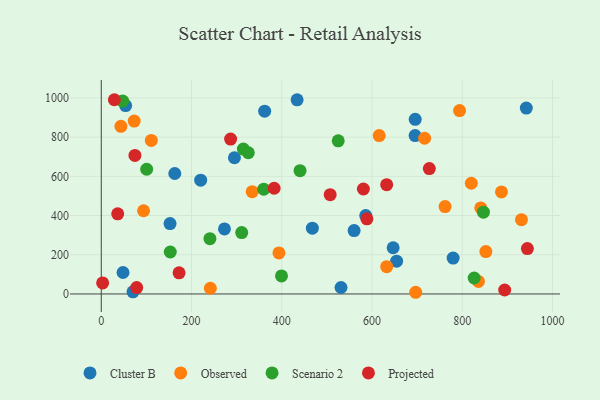
{"axis": {"x": "Ad Spend", "y": "Demand"}, "legend": ["Cluster B", "Observed", "Projected", "Scenario 2"], "data": [{"x": "779.8", "y": 183.2, "type": "Cluster B"}, {"x": "152.4", "y": 358.8, "type": "Cluster B"}, {"x": "695.7", "y": 890.5, "type": "Cluster B"}, {"x": "434.0", "y": 990.3, "type": "Cluster B"}, {"x": "941.9", "y": 948.1, "type": "Cluster B"}, {"x": "467.8", "y": 335.6, "type": "Cluster B"}, {"x": "695.5", "y": 807.6, "type": "Cluster B"}, {"x": "531.3", "y": 33.0, "type": "Cluster B"}, {"x": "362.1", "y": 932.3, "type": "Cluster B"}, {"x": "162.9", "y": 614.5, "type": "Cluster B"}, {"x": "273.0", "y": 331.7, "type": "Cluster B"}, {"x": "560.3", "y": 323.3, "type": "Cluster B"}, {"x": "220.3", "y": 580.2, "type": "Cluster B"}, {"x": "586.1", "y": 399.7, "type": "Cluster B"}, {"x": "295.1", "y": 694.8, "type": "Cluster B"}, {"x": "646.8", "y": 235.6, "type": "Cluster B"}, {"x": "654.5", "y": 167.0, "type": "Cluster B"}, {"x": "54.0", "y": 960.7, "type": "Cluster B"}, {"x": "48.2", "y": 109.4, "type": "Cluster B"}, {"x": "70.3", "y": 11.1, "type": "Cluster B"}, {"x": "110.9", "y": 783.2, "type": "Observed"}, {"x": "794.0", "y": 935.2, "type": "Observed"}, {"x": "93.7", "y": 424.4, "type": "Observed"}, {"x": "841.0", "y": 439.0, "type": "Observed"}, {"x": "615.9", "y": 807.9, "type": "Observed"}, {"x": "820.0", "y": 564.7, "type": "Observed"}, {"x": "334.5", "y": 521.8, "type": "Observed"}, {"x": "761.9", "y": 445.5, "type": "Observed"}, {"x": "393.7", "y": 209.1, "type": "Observed"}, {"x": "852.3", "y": 216.4, "type": "Observed"}, {"x": "835.8", "y": 63.9, "type": "Observed"}, {"x": "886.9", "y": 520.5, "type": "Observed"}, {"x": "43.5", "y": 855.0, "type": "Observed"}, {"x": "931.2", "y": 379.0, "type": "Observed"}, {"x": "696.8", "y": 8.6, "type": "Observed"}, {"x": "241.7", "y": 29.2, "type": "Observed"}, {"x": "632.5", "y": 139.2, "type": "Observed"}, {"x": "716.6", "y": 794.3, "type": "Observed"}, {"x": "73.0", "y": 881.8, "type": "Observed"}, {"x": "846.9", "y": 416.9, "type": "Scenario 2"}, {"x": "440.5", "y": 628.8, "type": "Scenario 2"}, {"x": "325.9", "y": 720.2, "type": "Scenario 2"}, {"x": "399.4", "y": 92.2, "type": "Scenario 2"}, {"x": "360.1", "y": 534.7, "type": "Scenario 2"}, {"x": "525.1", "y": 780.9, "type": "Scenario 2"}, {"x": "240.8", "y": 281.8, "type": "Scenario 2"}, {"x": "314.9", "y": 738.9, "type": "Scenario 2"}, {"x": "152.9", "y": 214.0, "type": "Scenario 2"}, {"x": "311.2", "y": 313.3, "type": "Scenario 2"}, {"x": "826.4", "y": 81.3, "type": "Scenario 2"}, {"x": "47.5", "y": 983.6, "type": "Scenario 2"}, {"x": "100.6", "y": 636.2, "type": "Scenario 2"}, {"x": "383.1", "y": 539.3, "type": "Projected"}, {"x": "944.3", "y": 231.3, "type": "Projected"}, {"x": "29.0", "y": 990.7, "type": "Projected"}, {"x": "74.6", "y": 706.6, "type": "Projected"}, {"x": "36.4", "y": 408.7, "type": "Projected"}, {"x": "3.0", "y": 56.1, "type": "Projected"}, {"x": "78.5", "y": 32.7, "type": "Projected"}, {"x": "632.5", "y": 557.6, "type": "Projected"}, {"x": "580.9", "y": 535.4, "type": "Projected"}, {"x": "894.0", "y": 20.1, "type": "Projected"}, {"x": "507.3", "y": 506.4, "type": "Projected"}, {"x": "727.0", "y": 639.7, "type": "Projected"}, {"x": "172.4", "y": 107.7, "type": "Projected"}, {"x": "286.6", "y": 789.9, "type": "Projected"}, {"x": "588.7", "y": 383.1, "type": "Projected"}]}